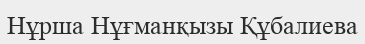
Нұрша Нұғманқызы Құбалиева